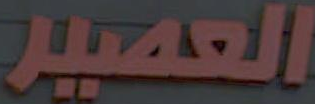
العصير